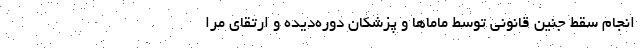
انجام سقط جنین قانونی توسط ماماها و پزشکان دوره‌دیده و ارتقای مرا